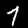
Digit: 7